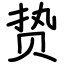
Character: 贽